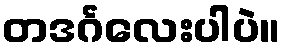
တဒင်္ဂလေးပါပဲ။